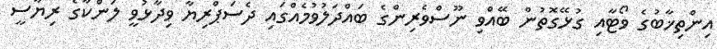
އިންތިޚާބުގެ ވޯޓާއި ގުޅޭގޮތުން ބޭއްވި ނޫސްވެރިންގެ ބައްދަލުވުމެއްގައި ދެސަޕްރިޔާ ވިދާޅުވީ ލަންކާގެ ރިޔާސީ